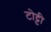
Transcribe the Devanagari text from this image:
टोट्टी